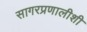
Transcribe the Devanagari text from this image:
सागरप्रणालीशी